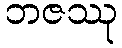
ဘဇဿု